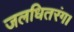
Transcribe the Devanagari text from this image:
जलधितरंग।